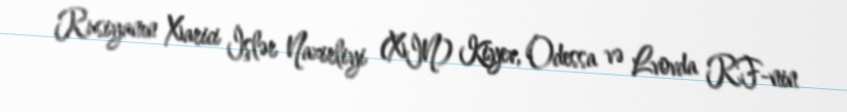
Rusiyanın Xarici İşlər Nazirliyi (XİN) Kiyev, Odessa və Lvovda RF-nin